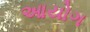
આયોગ